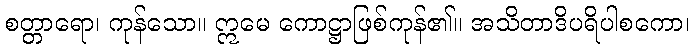
စတ္တာရော၊ ကုန်သော။ ဣမေ ကောဋ္ဌာဖြစ်ကုန်၏။ အသိတာဒိပရိပါစကော၊